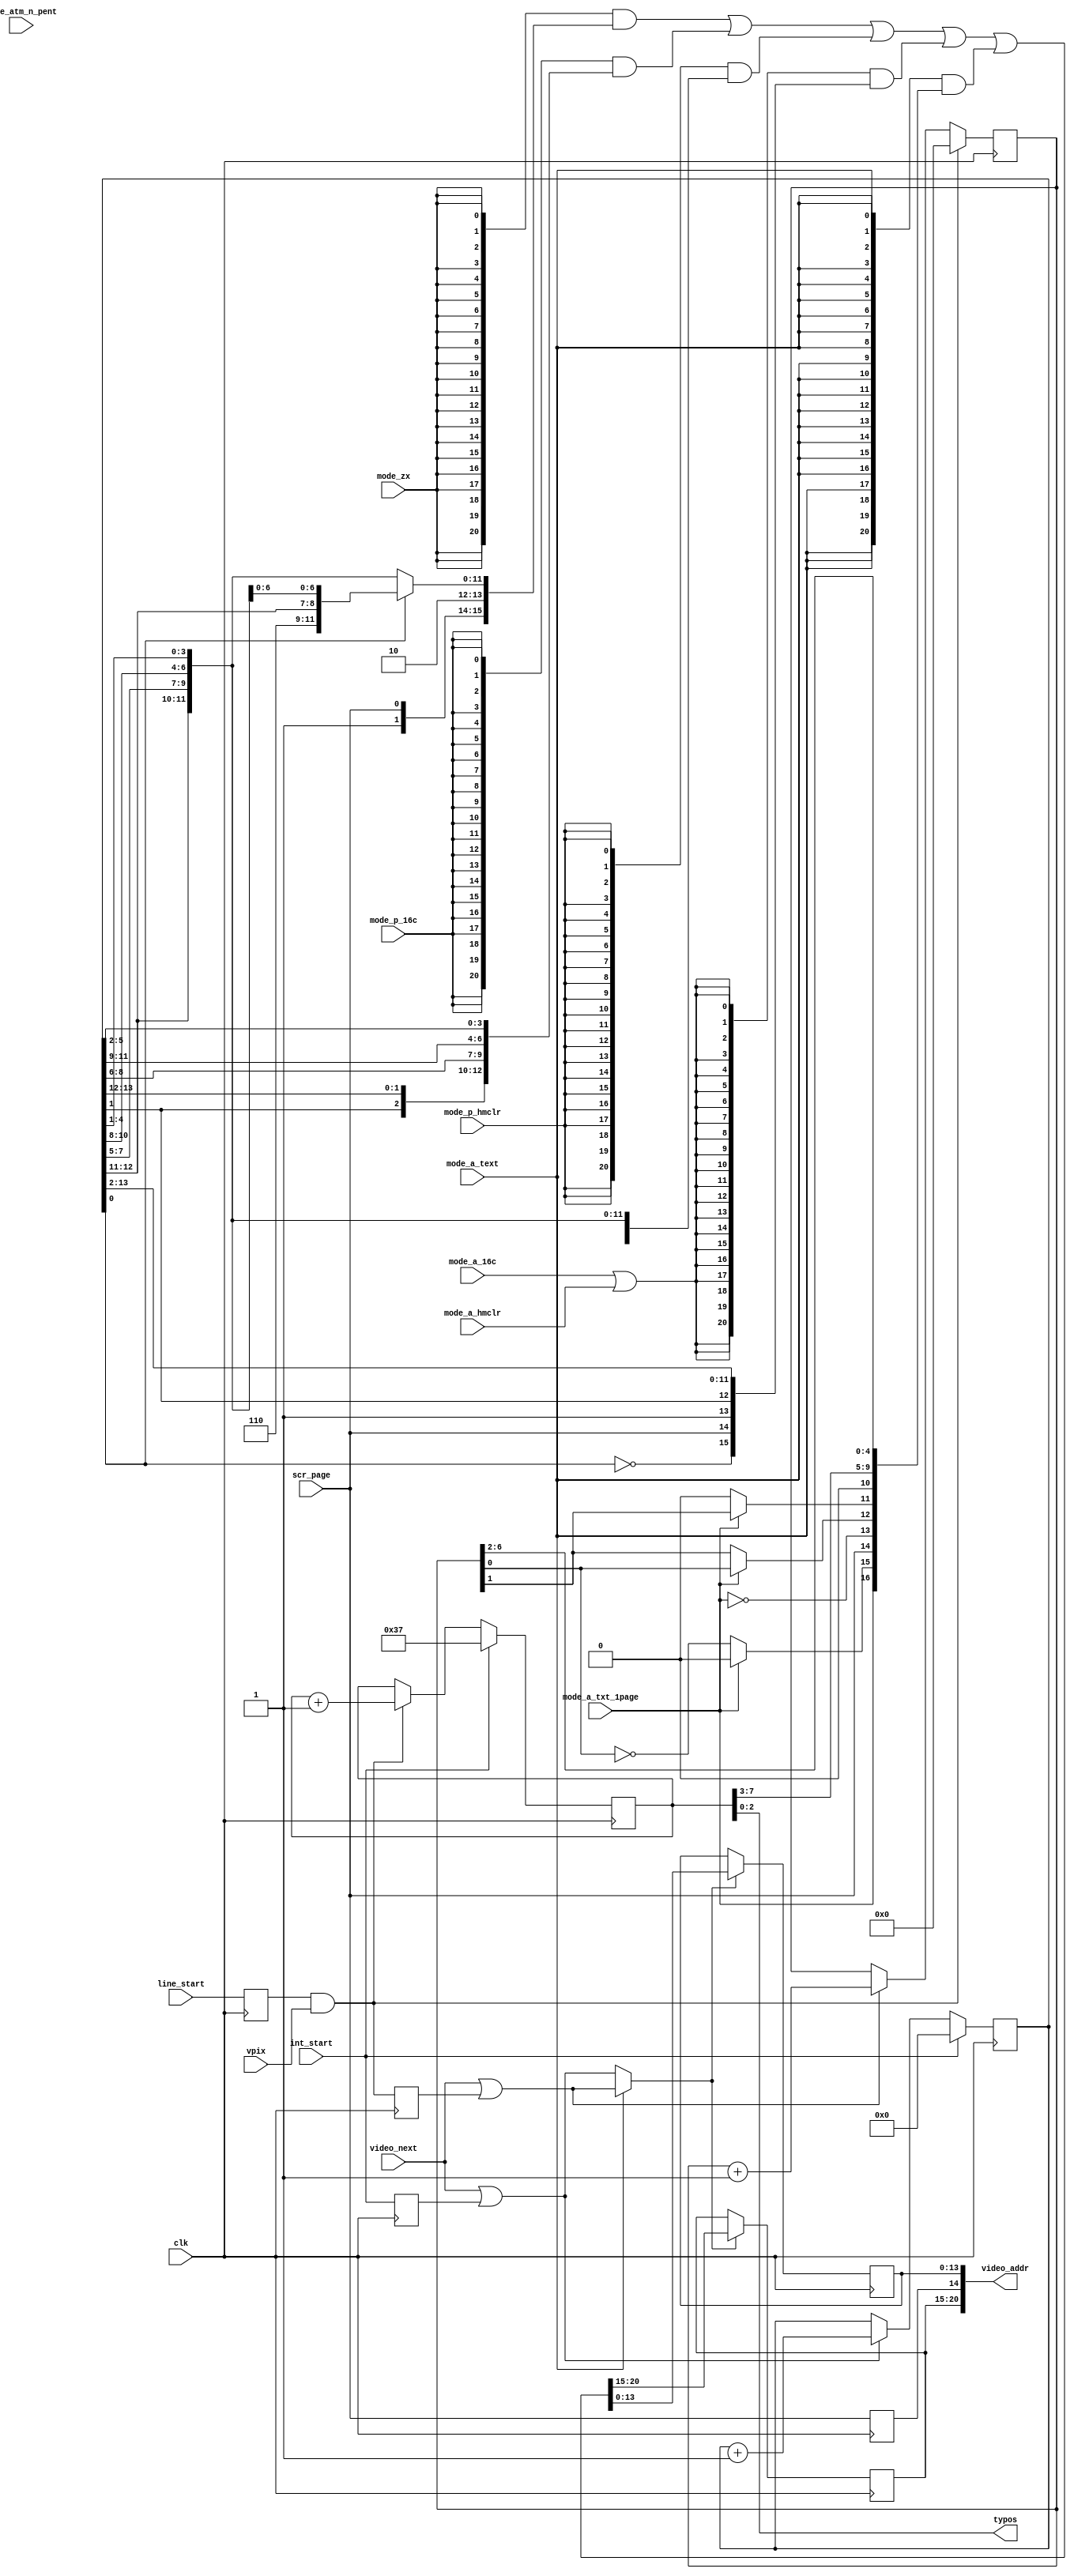
module video_addrgen(
	input  wire        clk, 
	output reg  [20:0] video_addr, 
	input  wire        video_next, 
	input  wire        line_start, 
	input  wire        int_start,  
	input  wire        vpix,       
	input  wire        scr_page, 
	input  wire        mode_atm_n_pent, 
	input  wire        mode_zx,         
	input  wire        mode_p_16c,      
	input  wire        mode_p_hmclr,    
	input  wire        mode_a_hmclr,    
	input  wire        mode_a_16c,      
	input  wire        mode_a_text,     
	input  wire        mode_a_txt_1page,
	output wire [ 2:0] typos 
);
	wire mode_ag;
	assign mode_ag = mode_a_16c | mode_a_hmclr;
	wire line_init, frame_init;
	wire gnext,tnext,ldaddr;
	reg line_start_r;
	reg frame_init_r;
	reg line_init_r;
	always @(posedge clk)
		line_start_r <= line_start;
	assign line_init  = line_start_r & vpix;
	assign frame_init = int_start;
	reg [13:0] gctr;
	reg [7:0] tyctr; 
	reg [6:0] txctr; 
	reg not_used;
	always @(posedge clk)
		frame_init_r <= frame_init;
	always @(posedge clk)
		line_init_r <= line_init;
	assign gnext = video_next | frame_init_r;
	assign tnext = video_next | line_init_r;
	assign ldaddr = mode_a_text ? tnext : gnext;
	initial gctr <= 0;
	always @(posedge clk)
	if( frame_init )
		gctr <= 0;
	else if( gnext )
		gctr <= gctr + 1;
	always @(posedge clk)
	if( frame_init )
		tyctr <= 8'b0011_0111;
	else if( line_init )
		tyctr <= tyctr + 1;
	always @(posedge clk)
	if( line_init )
		txctr <= 7'b000_0000;
	else if( tnext )
		txctr <= txctr + 1;
	assign typos = tyctr[2:0];
	wire [20:0] addr_zx;   
	wire [20:0] addr_phm;  
	wire [20:0] addr_p16c; 
	wire [20:0] addr_ag; 
	wire [20:0] addr_at; 
	wire [11:0] addr_zx_pix;
	wire [11:0] addr_zx_attr;
	wire [11:0] addr_zx_p16c;
	assign addr_zx_pix  = { gctr[12:11], gctr[7:5], gctr[10:8], gctr[4:1] };
	assign addr_zx_attr = { 3'b110, gctr[12:8], gctr[4:1] };
	assign addr_zx_p16c = { gctr[13:12], gctr[8:6], gctr[11:9], gctr[5:2] };
	assign addr_zx =   { 6'b000001, scr_page, 2'b10, ( gctr[0] ? addr_zx_attr : addr_zx_pix ) };
	assign addr_phm =  { 6'b000001, scr_page, 1'b1, gctr[0], addr_zx_pix };
	assign addr_p16c = { 6'b000001, scr_page, ~gctr[0], gctr[1], addr_zx_p16c };
	assign addr_ag = { 5'b00000, ~gctr[0], scr_page, 1'b1, gctr[1], gctr[13:2] };
	assign addr_at = { 4'b0000,
	                   mode_a_txt_1page, 
	                   mode_a_txt_1page ? 1'b0 : ~txctr[0], 
	                   scr_page,         
	                   ~mode_a_txt_1page, 
	                   mode_a_txt_1page ? txctr[0] : txctr[1], 
	                   mode_a_txt_1page ? txctr[1] : 1'b0, 
	                   1'b0,
	                   tyctr[7:3],
	                   txctr[6:2]
	                   };
	initial video_addr <= 0;
	always @(posedge clk) if( ldaddr )
	begin
		{ video_addr[20:15], not_used, video_addr[13:0] } <=
			( {21{mode_zx     }} & addr_zx  )  |
			( {21{mode_p_16c  }} & addr_p16c)  |
			( {21{mode_p_hmclr}} & addr_phm )  |
			( {21{mode_ag     }} & addr_ag  )  |
			( {21{mode_a_text }} & addr_at  )  ;
	end
	always @(posedge clk)
		video_addr[14] <= scr_page;
endmodule